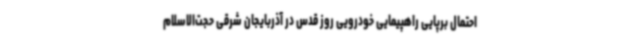
احتمال برپایی راهپیمایی خودرویی روز قدس در آذربایجان شرقی حجت‌الاسلام